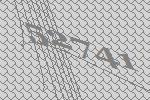
52741